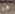
هو